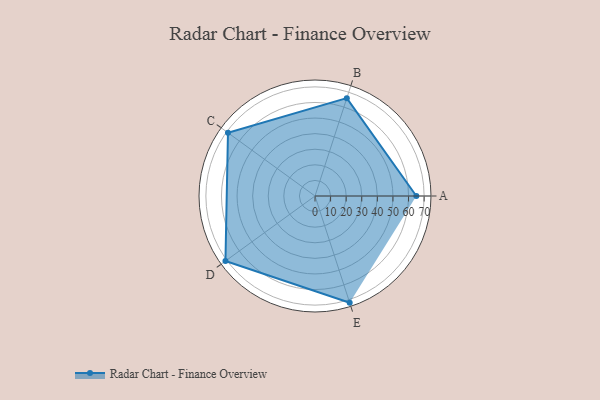
{"axis": {"x": "Skill", "y": "Score"}, "legend": ["Profile"], "data": [{"x": "A", "y": 65.0, "type": "Profile"}, {"x": "B", "y": 66.0, "type": "Profile"}, {"x": "C", "y": 69.0, "type": "Profile"}, {"x": "D", "y": 71.0, "type": "Profile"}, {"x": "E", "y": 72.0, "type": "Profile"}]}